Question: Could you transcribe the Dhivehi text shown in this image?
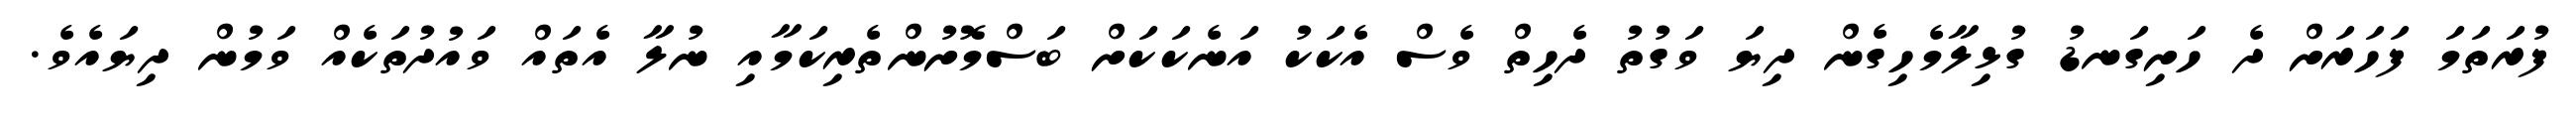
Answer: ފުރަތަމަ ފަހަރަށް ދެ ހަށިގަނޑު ގުޅިލާމެހިގެން ދިޔަ ވަގުތު ދެހިތް ވެސް އެކަކު އަނެކަކަށް ބަސްމޮށުންތެރިކަމާއި ނުލާ އެތައް ވައުދުތަކެއް ވަމުން ދިޔައެވެ.